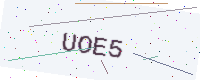
Text: UOE5